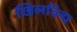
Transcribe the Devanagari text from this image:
खिलविद्म